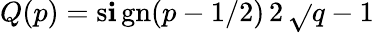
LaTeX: Q(p)=\operatorname{s\mathbf{i}gn}(p-1/2)\, 2\, {\sqrt{}{{q-1}}}